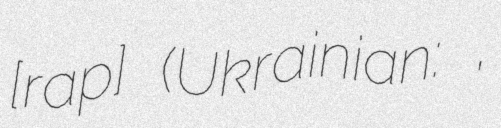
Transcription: [ɡrap] (Ukrainian: Граб,